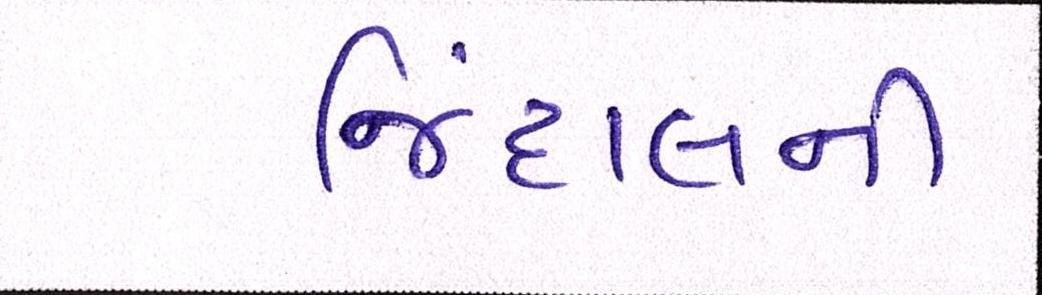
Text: જિંદાલની